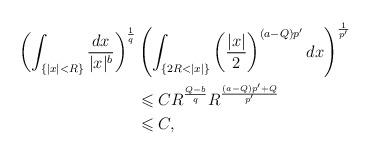
LaTeX: \begin{align*}\left(\int_{\{|x|<R\}}\frac{dx}{|x|^{b}}\right)^{\frac{1}{q}}&\left(\int_{\{2R<|x|\}} \left(\frac{|x|}{2}\right)^{(a-Q)p^{\prime}}dx\right)^{\frac{1}{p^{\prime}}}\\&\leqslant CR^{\frac{Q-b}{q}}R^{\frac{(a-Q)p'+Q}{p'}}\\&\leqslant C,\end{align*}